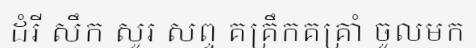
ដំរី សឹក សូរ សព្ទ គគ្រឹកគគ្រាំ ចូលមក